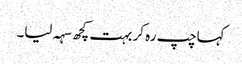
کہاچپ رہ کر بہت کچھ سہہ لیا۔